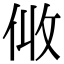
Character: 𠈅